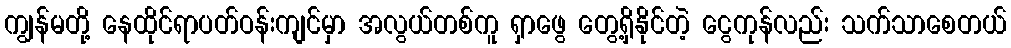
ကျွန်မတို့ နေထိုင်ရာပတ်ဝန်းကျင်မှာ အလွယ်တစ်ကူ ရှာဖွေ တွေ့ရှိနိုင်တဲ့ ငွေကုန်လည်း သက်သာစေတယ်